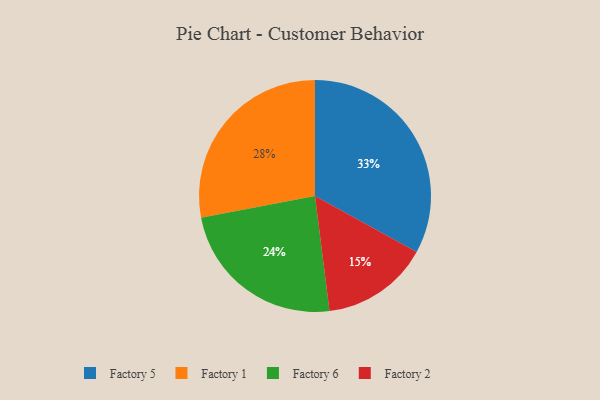
{"axis": {"x": "Category", "y": "Percentage"}, "legend": ["Factory 1", "Factory 2", "Factory 5", "Factory 6"], "data": [{"x": "Factory 1", "y": 28, "type": "Factory 1"}, {"x": "Factory 2", "y": 15, "type": "Factory 2"}, {"x": "Factory 5", "y": 33, "type": "Factory 5"}, {"x": "Factory 6", "y": 24, "type": "Factory 6"}]}